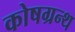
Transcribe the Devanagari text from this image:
कोषग्रन्थ